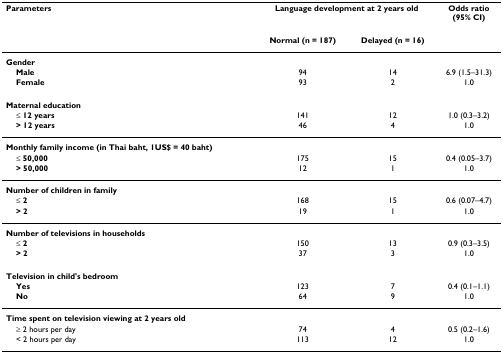
| Parameters | <COLSPAN=2> Language development at 2 years old | Odds ratio(95% CI) |
 |  | Normal (n = 187) | Delayed (n = 16) |  |
 | --- | --- | --- | --- |
 | Gender |  |  |  |
 | Male | 94 | 14 | 6.9 (1.5–31.3) |
 | Female | 93 | 2 | 1.0 |
 | Maternal education |  |  |  |
 | ≤ 12 years | 141 | 12 | 1.0 (0.3–3.2) |
 | > 12 years | 46 | 4 | 1.0 |
 | Monthly family income (in Thai baht, 1US$ = 40 baht) |  |  |  |
 | ≤ 50,000 | 175 | 15 | 0.4 (0.05–3.7) |
 | > 50,000 | 12 | 1 | 1.0 |
 | Number of children in family |  |  |  |
 | ≤ 2 | 168 | 15 | 0.6 (0.07–4.7) |
 | > 2 | 19 | 1 | 1.0 |
 | Number of televisions in households |  |  |  |
 | ≤ 2 | 150 | 13 | 0.9 (0.3–3.5) |
 | > 2 | 37 | 3 | 1.0 |
 | Television in child's bedroom |  |  |  |
 | Yes | 123 | 7 | 0.4 (0.1–1.1) |
 | No | 64 | 9 | 1.0 |
 | Time spent on television viewing at 2 years old |  |  |  |
 | ≥ 2 hours per day | 74 | 4 | 0.5 (0.2–1.6) |
 | < 2 hours per day | 113 | 12 | 1.0 |